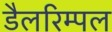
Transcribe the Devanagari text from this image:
डैलरिम्पल